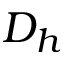
D _ { h }